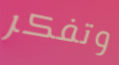
وتفكر